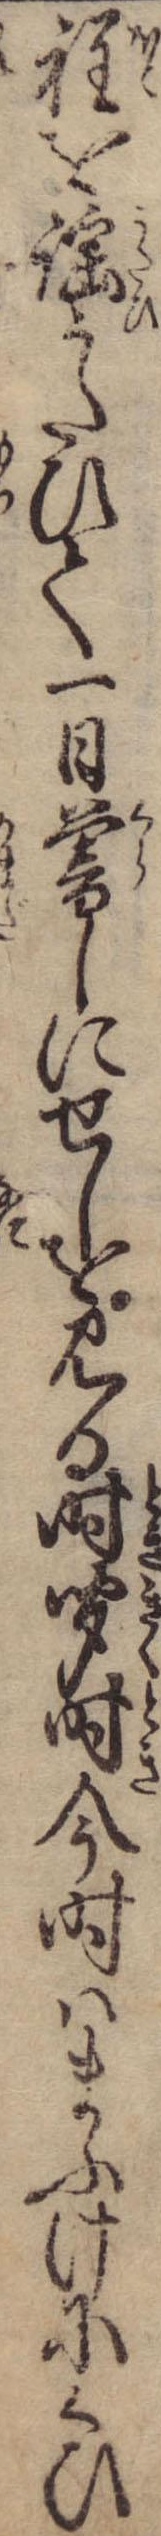
程を謡うたひて一日暮しにせしを見る時聞時今時はまふけにくひ